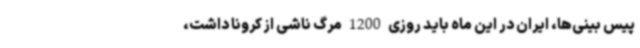
پیس بینی‌ها، ایران در این ماه باید روزی 1200 مرگ ناشی از کرونا داشت،